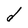
Character: d